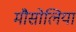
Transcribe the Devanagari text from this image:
मौसोलिया